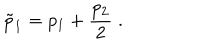
\tilde { p } _ { 1 } = p _ { 1 } + \frac { p _ { 2 } } { 2 } \; .